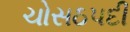
ચોસઠપદી